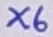
Text: X6